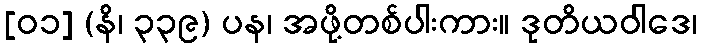
[၀၁] (နိ၊ ၃၃၉) ပန၊ အဖို့တစ်ပါးကား။ ဒုတိယဝါဒေ၊